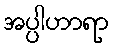
အပ္ပါဟာရာ